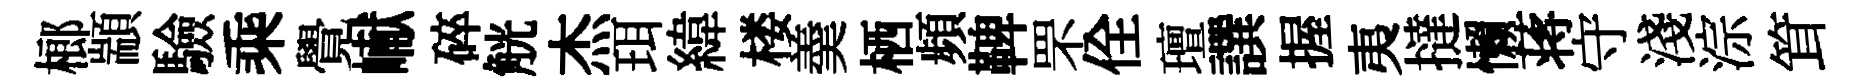
榔顓驗乘覺𪩘碎觥杰珥緯楼羮栖頻鞞罘佺璮譔握夷撻懒蒋守淺淙䇯